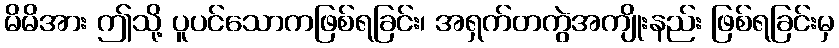
မိမိအား ဤသို့ ပူပင်သောကဖြစ်ရခြင်း၊ အရှက်တကွဲအကျိုးနည်း ဖြစ်ရခြင်းမှ